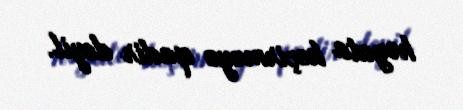
həyata keçirməyə qadir deyil.